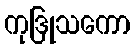
ကုဒြုသကော